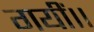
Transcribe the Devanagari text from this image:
गयीं।।